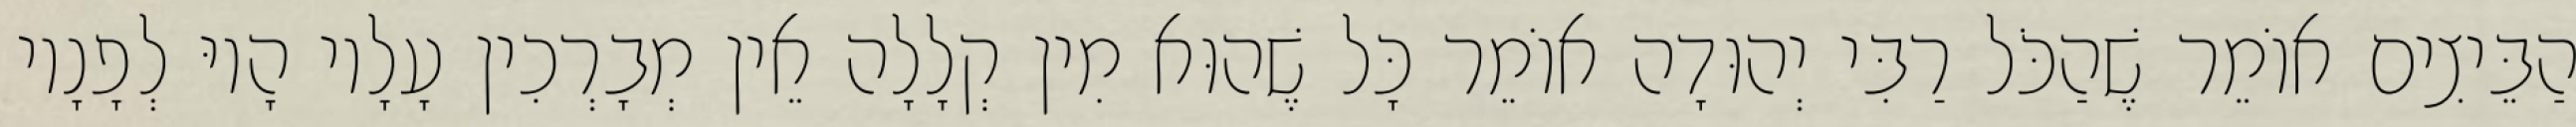
הַבֵּיצִים אוֹמֵר שֶׁהַכֹּל רַבִּי יְהוּדָה אוֹמֵר כָּל שֶׁהוּא מִין קְלָלָה אֵין מְבָרְכִין עָלָיו הָיוּ לְפָנָיו